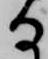
る